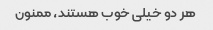
هر دو خیلی خوب هستند، ممنون